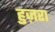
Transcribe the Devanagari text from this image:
हुज़रा